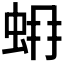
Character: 𧊨